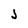
Character: j